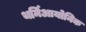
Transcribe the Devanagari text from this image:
थर्मिआयोनिक